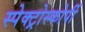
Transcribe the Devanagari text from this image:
स्‍पेक्‍ट्रोस्‍कोर्पी